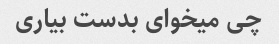
چی میخوای بدست بیاری